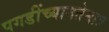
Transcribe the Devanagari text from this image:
पगडींच्यामतेमात्र